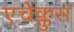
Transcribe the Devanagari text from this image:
एचेक्लुस